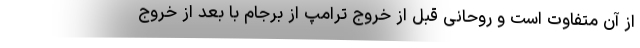
از آن متفاوت است و روحانی قبل از خروج ترامپ از برجام با بعد از خروج